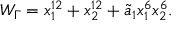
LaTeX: W _ { \Gamma } = x _ { 1 } ^ { 1 2 } + x _ { 2 } ^ { 1 2 } + { \tilde { a } _ { 1 } } x _ { 1 } ^ { 6 } x _ { 2 } ^ { 6 } .